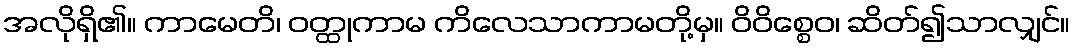
အလိုရှိ၏။ ကာမေတိ၊ ဝတ္ထုကာမ ကိလေသာကာမတို့မှ။ ဝိဝိစ္စေဝ၊ ဆိတ်၍သာလျှင်။